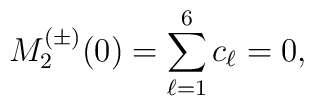
M^{(\pm)}_2(0)=\sum_{\ell=1}^{6}c_{\ell}=0,